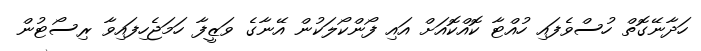
ހަދާނޭގޮތް ހުސްވެފައި ހުއްޓާ ކޮއްކޮއަށް އައި ފޯންކޯލަކުން އޭނާގެ ވަޒީފާ ހަމަޖެހިފައިވާ ރިސޯޓުން